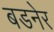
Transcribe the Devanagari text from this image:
बडनेर